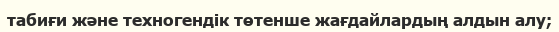
табиғи және техногендік төтенше жағдайлардың алдын алу;